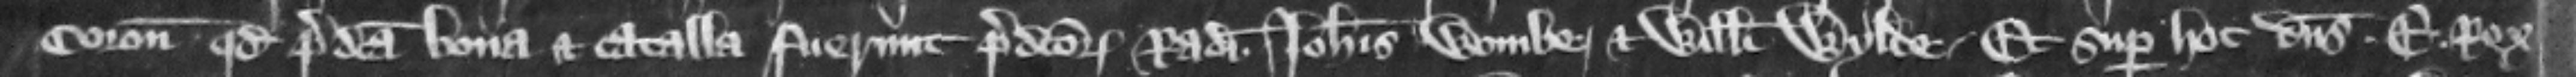
coronatoris quod predicta bona et catalla fuerunt predictorum Radulphi. Iohannis Wombe. et Willelmi Wylde. Et super hoc dominus Edwardus rex